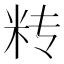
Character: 𰪫